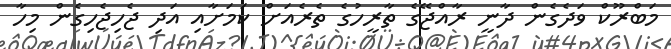
މަބްރޫކް ވަދެގެން ދާނީ ރާއްޖޭގެ ތާރީހުގެ ތެރެއަށް ކަމަށާއި އަދި ޖެހިޖެހިގެން މިހާ